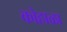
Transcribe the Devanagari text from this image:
कोहाळा